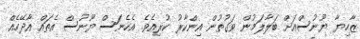
ޒާހިޔާ ޔޫނުސްއަށް ބަލާލަމުން ވަގުތުން އިންކާރު ކުރިއެވެ. އެހެނަސް ޔޫނުސް އެތައް އާދޭހެއް